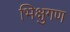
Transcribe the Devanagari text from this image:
भिक्षुगण